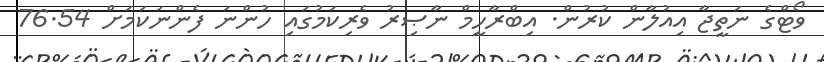
ވޯޓްގެ ނަތީޖާ އިއުލާން ކުރުން. އިބްރާހީމް ނާޞިރު ވެރިކަމުގައި ހުންނަ ފެންނަކަމަށް 76.54